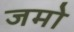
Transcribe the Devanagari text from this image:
जमो